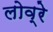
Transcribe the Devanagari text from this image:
लोव्रे